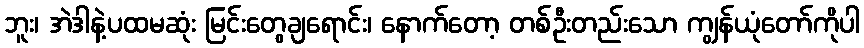
ဘူး၊ အဲဒါနဲ့ပထမဆုံး မြင်းတွေချရောင်း၊ နောက်တော့ တစ်ဦးတည်းသော ကျွန်ယုံတော်ကိုပါ